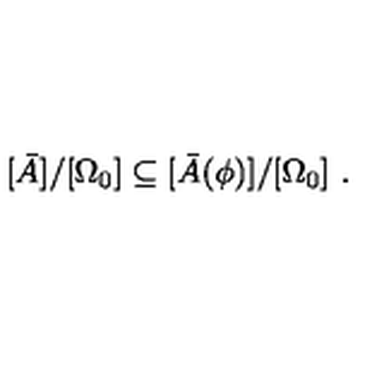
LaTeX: [ \bar { A } ] / [ \Omega _ { 0 } ] \subseteq [ \bar { A } ( \phi ) ] / [ \Omega _ { 0 } ] \ .